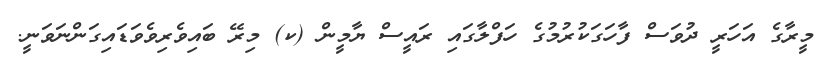
މީރާގެ އަހަރީ ދުވަސް ފާހަގަކުރުމުގެ ހަފްލާގައި ރައީސް ޔާމީން (ކ) މިރޭ ބައިވެރިވެވަޑައިގަންނަވަނީ.